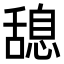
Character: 𦧯